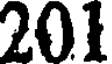
201